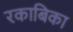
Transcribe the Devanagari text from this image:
रकाबिका